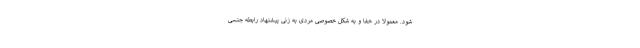
شود. معمولاً در خفا و به شکل خصوصی مردی به زنی پیشنهاد رابطه جنسی